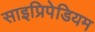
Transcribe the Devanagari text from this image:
साइप्रिपेडियम